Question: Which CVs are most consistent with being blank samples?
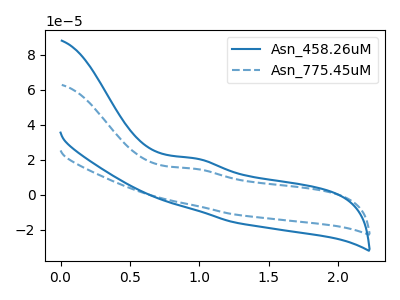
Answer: <think>The blue curve "Asn_458.26uM" has an anodic peak at: (0.95V, 20.85uA). The blue dashed curve "Asn_775.45uM" has an anodic peak at: (0.95V, 14.90uA).</think>
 <answer>There are not any CV's on this graph that are likely to be blanks.</answer>
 <eval>none</eval>